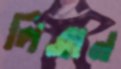
লিব্রান